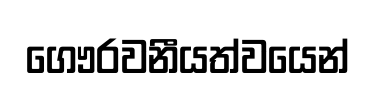
ගෞරවනීයත්වයෙන්